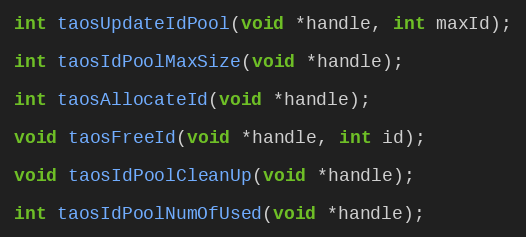
Language: C
int taosUpdateIdPool(void *handle, int maxId);

int taosIdPoolMaxSize(void *handle);

int taosAllocateId(void *handle);

void taosFreeId(void *handle, int id);

void taosIdPoolCleanUp(void *handle);

int taosIdPoolNumOfUsed(void *handle);